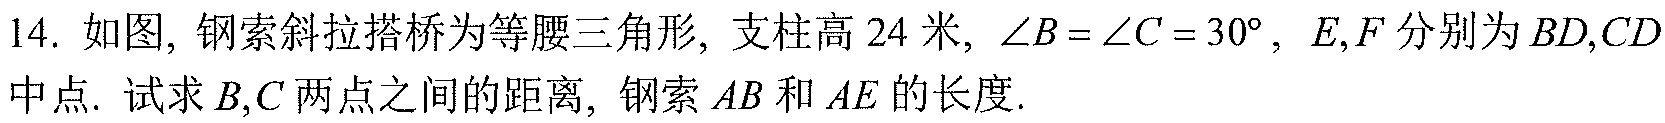
14. 如图，钢索斜拉搭桥为等腰三角形，支柱高\(24\)米，\(\angle B = \angle C = 30^{\circ}\)，\(E,F\)分别为\(BD,CD\)中点. 试求\(B,C\)两点之间的距离，钢索\(AB\)和\(AE\)的长度.